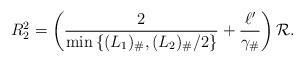
LaTeX: \begin{align*}R_2^2= \left(\frac{2 }{\min\left\lbrace (L_{1})_\#, (L_{2})_\#/2\right\rbrace} +\frac{\ell '}{\gamma_\#}\right)\mathcal{R} . \end{align*}